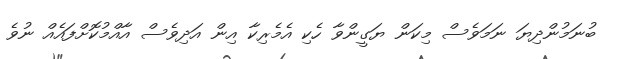
ބުނަމުންދިޔަ ނަމަވެސް މިކަން ޔަގީންވާ ހެކި އެމެރިކާ އިން އަދިވެސް އާއްމުކޮށްފައެއް ނުވެ